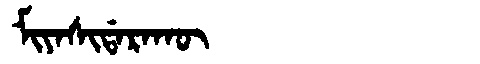
Manchu: ᠮᡳᠶᠠᠰᡳᡩᠠᡵᠠᡴᡡ
Romanization: MIYASIDARAKŪ